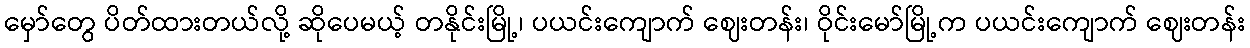
မှော်တွေ ပိတ်ထားတယ်လို့ ဆိုပေမယ့် တနိုင်းမြို့၊ ပယင်းကျောက် ဈေးတန်း၊ ဝိုင်းမော်မြို့က ပယင်းကျောက် ဈေးတန်း